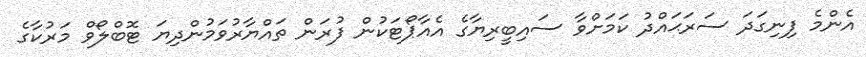
އެންމެ ފިނިގަދަ ސަރަޙައްދު ކަމަށްވާ ސައިބީރިޔާގެ އެއާޕޯޓަކުން ފުރަން ތައްޔާރުވަމުންދިޔަ ޓޮބްލޯވް މަރުކާގެ